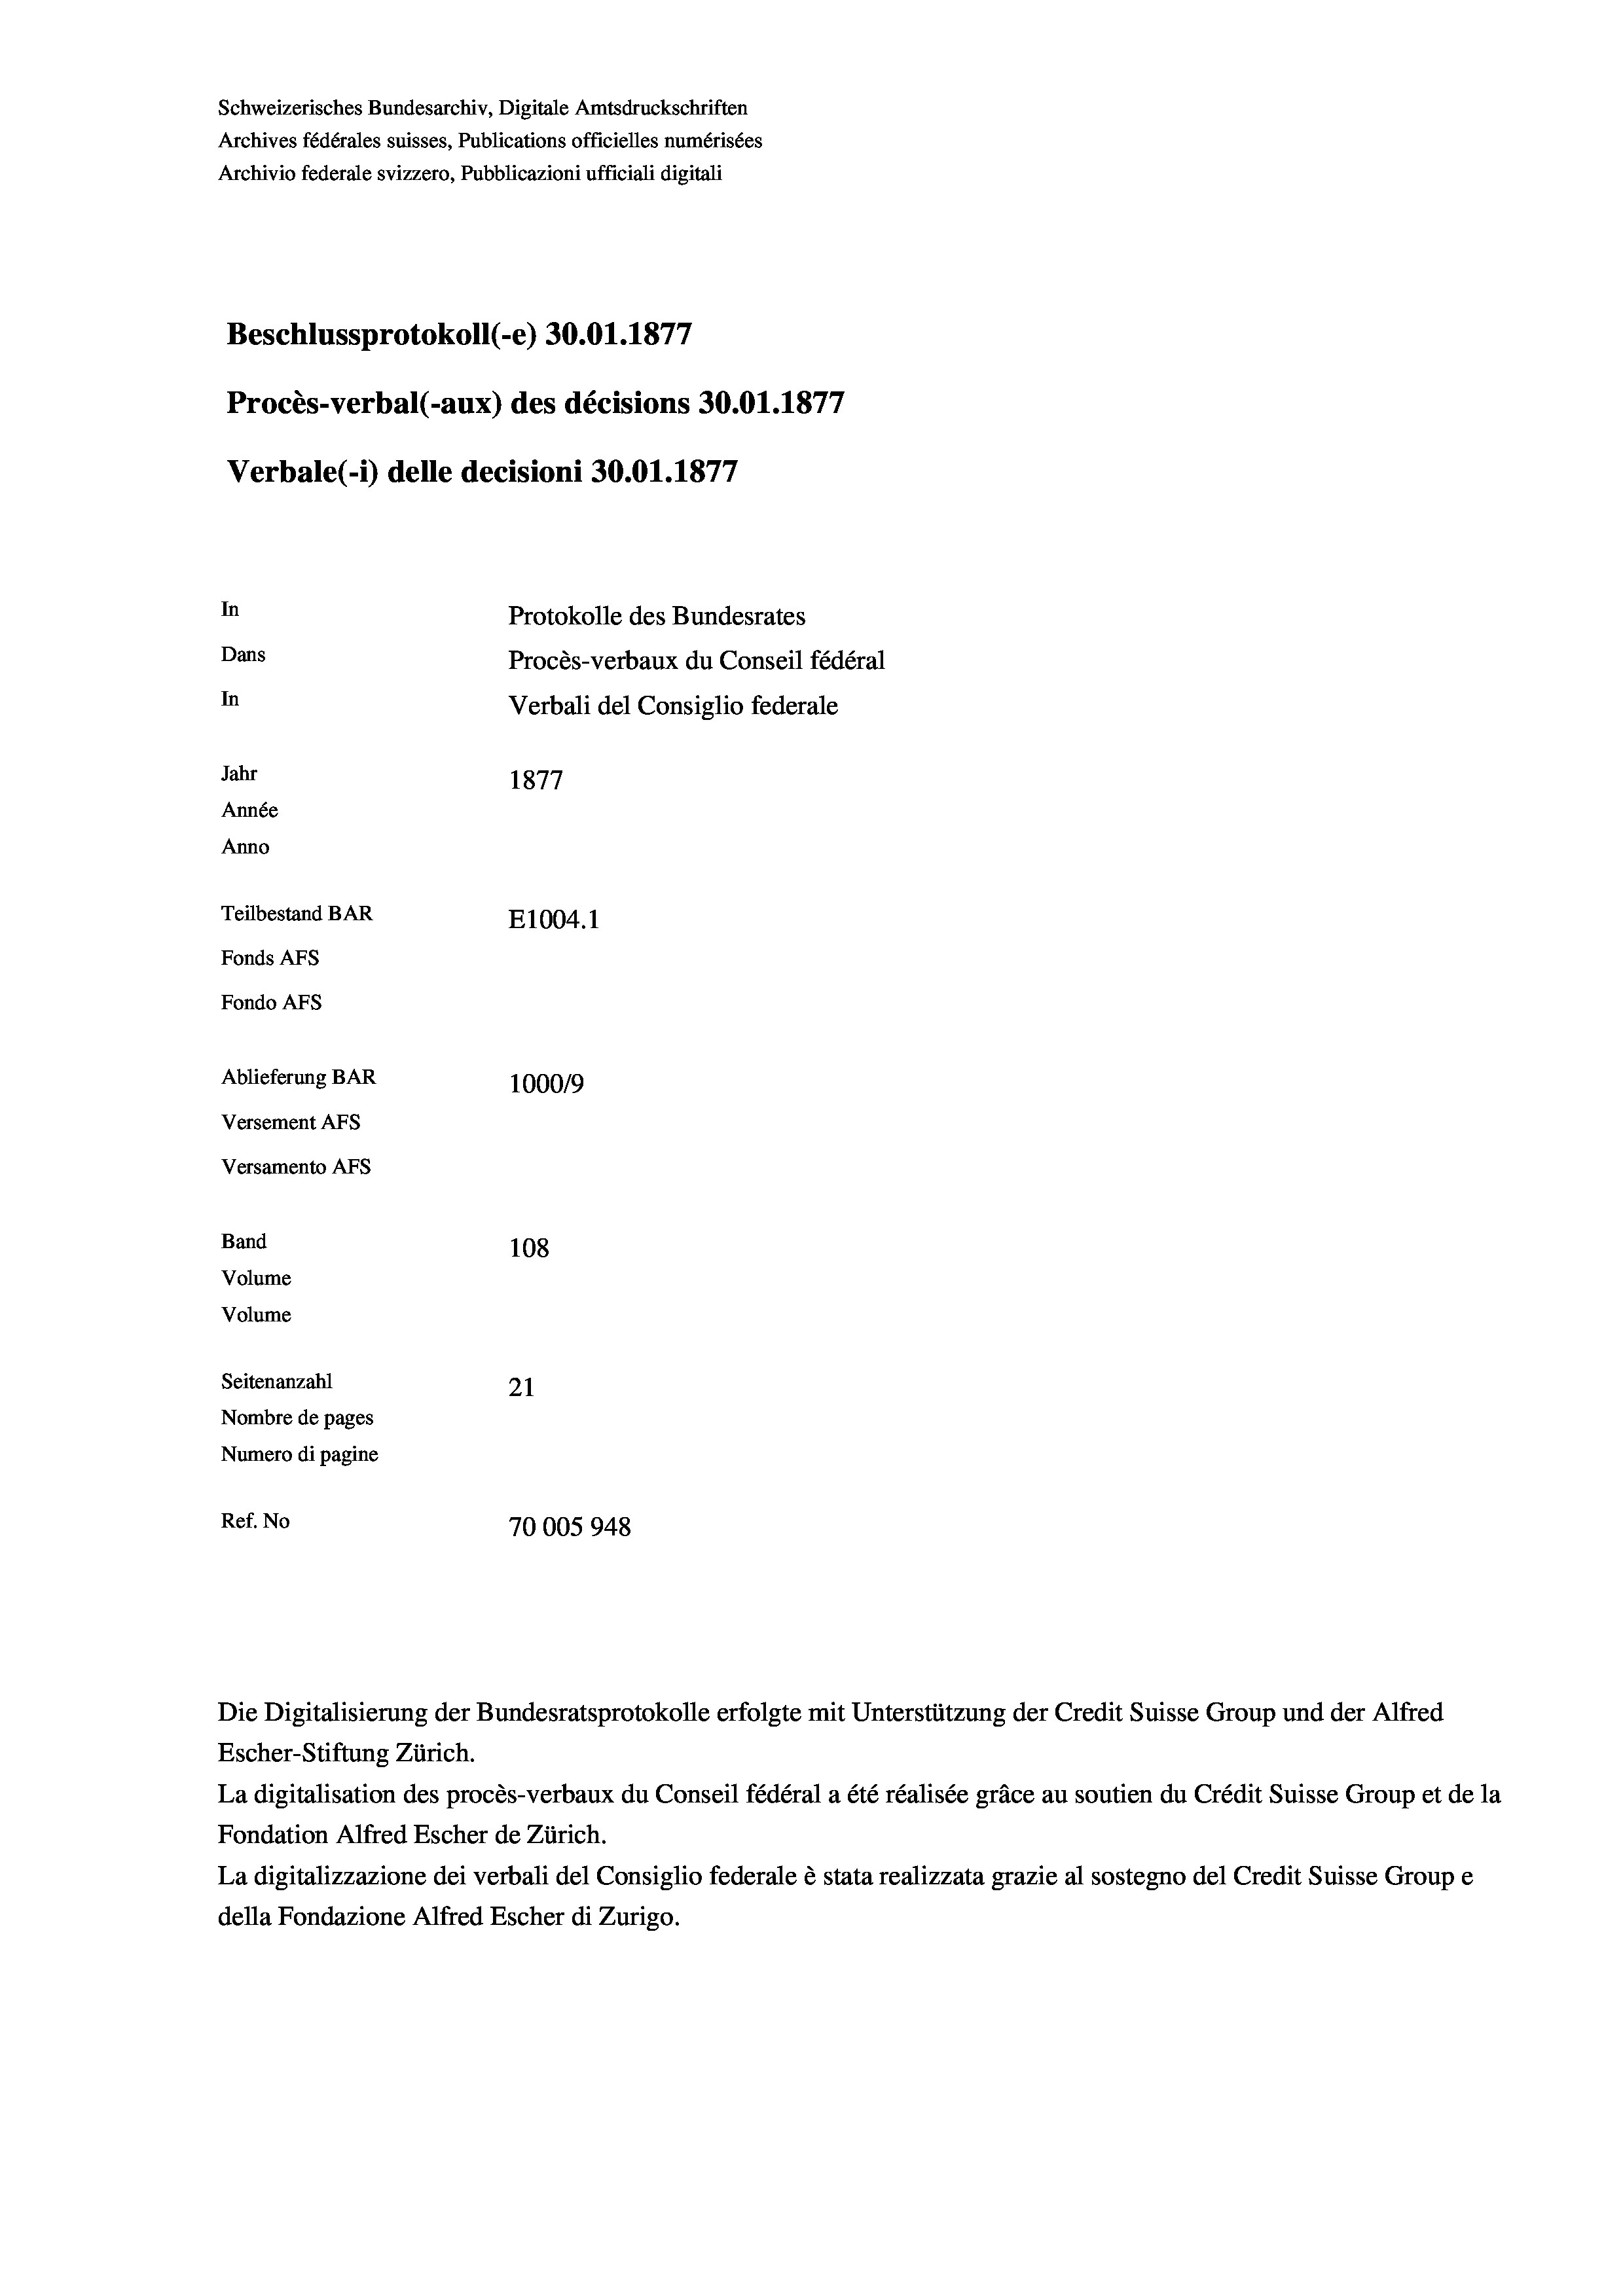
Schweizerisches Bundesarchiv, Digitale Amtsdruckschriften
Archives fédérales suisses, Publications officielles numérisées
Archivio federale svizzero, Pubblicazioni ufficiali digitali
7
Beschlussprotokoll (-e) 30.01. 1877
Procès-verbal (-aux) des décisions 30.01.1877
Verbale (1) delle decisioni 30.01. 1877
In
Protokolle des Bundesrates
Dans
Procès-verbaux du Conseil fédéral
In
Verbali del Consiglio federale
Jahr
1877
Année
Anno
Teilbestand BAR
E1004. 1
Fonds AFs
Fondo AFs
Ablieferung BAR
1000/9
Versement Abs
Versamento Afs
Band
108
Volume

Volume
Seitenanzahl
21
Nombre de pages
Numero di pagine
Ref. No
70005948

Escher-Stiftung Zürich.
La digitalisation des procès-verbaux du Conseil fédéral a été réalisée gräce au soutien du Crédit Suisse Group et de la
Fondation Alfred Escher de Zürich.
La digitalizzazione dei verbali del Consiglio federale è stata realizzata grazie al sostegno del Credit Suisse Groupe
della Fondazione Alfred Escher di Zurigo.

Die Digitalisierung der Bundesratsprotokolle erfolgte mit Unterstützung der Credit Suisse Group und der Alfred